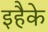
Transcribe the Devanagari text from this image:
इहैके